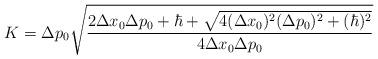
LaTeX: \begin{align*}K= \Delta p_{0} \sqrt{\frac{2 \Delta x_{0} \Delta p_{0} + \hbar + \sqrt{4 (\Delta x_{0})^2 (\Delta p_{0})^2 + (\hbar)^2}}{ 4 \Delta x_{0} \Delta p_{0}}}\end{align*}